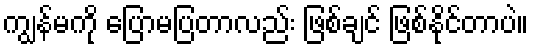
ကျွန်မကို ပြောမပြတာလည်း ဖြစ်ချင် ဖြစ်နိုင်တာပဲ။